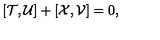
[ { \cal T } , { \cal U } ] + [ { \cal X } , { \cal V } ] = 0 ,